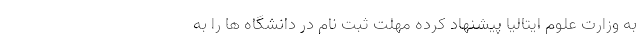
به وزارت علوم ایتالیا پیشنهاد کرده مهلت ثبت نام در دانشگاه ها را به